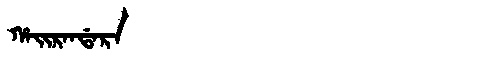
Manchu: ᡥᠠᡳᡵᠠᠨᡩᠠᡵᠠ
Romanization: HAIRANDARA